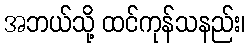
အဘယ်သို့ ထင်ကုန်သနည်း၊